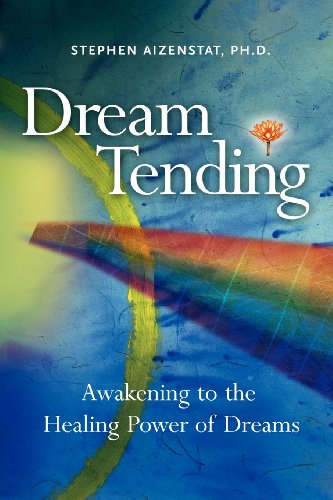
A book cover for Dream Tending: Awakening to the Healing Power of Dreams; Stephen Aizenstat  Ph.D.; Self-Help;